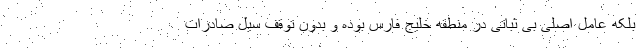
بلکه عامل اصلی بی ثباتی در منطقه خلیج فارس بوده و بدون توقف سیل صادرات